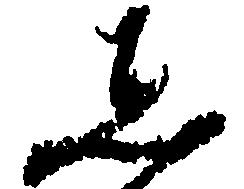
し